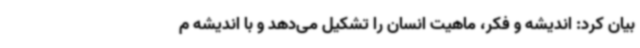
بیان کرد: اندیشه و فکر، ماهیت انسان را تشکیل می‌دهد و با اندیشه م